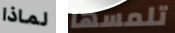
لماذا تلمسها